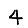
Digit: 4